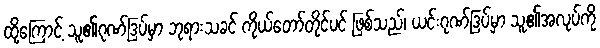
ထို့ကြောင့် သူ၏ဂုဏ်ဒြပ်မှာ ဘုရားသခင် ကိုယ်တော်တိုင်ပင် ဖြစ်သည်၊ ယင်းဂုဏ်ဒြပ်မှာ သူ၏အလုပ်ကို